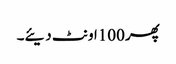
پھر 100اونٹ دیئے۔